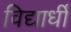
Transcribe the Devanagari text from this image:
विद्यार्धी